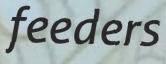
feeders